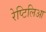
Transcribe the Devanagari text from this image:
रेप्टिलिआ